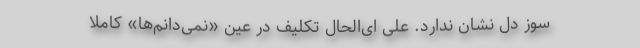
سوز دل نشان ندارد. علی ای‌الحال تکلیف در عین «نمی‌دانم‌ها» کاملاً